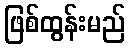
ဖြစ်ထွန်းမည်